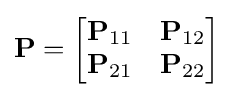
\mathbf {P} ={\begin{bmatrix}\mathbf {P} _{11}&\mathbf {P} _{12}\\\mathbf {P} _{21}&\mathbf {P} _{22}\end{bmatrix}}